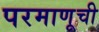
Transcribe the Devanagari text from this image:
परमाणूची